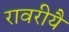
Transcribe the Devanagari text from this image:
रावरीयै